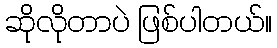
ဆိုလိုတာပဲ ဖြစ်ပါတယ်။